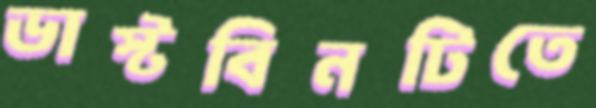
ডাস্টবিনটিতে